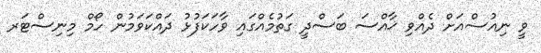
ވީ ނިއުސްއަށް ދެއްވި ޚާއްސަ ބަސްދީ ގަތުމެއްގައި ވާހަކަފުޅު ދައްކަވަމުން ހޯމް މިނިސްޓަރ